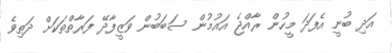
އަދި ބުނީ އެފަދަ މީހުން ރާއްޖެ އައުމުން ސަބަބުން ވަޒީފާދޭ ފަރާތްތަކަށް ދަތިވެ